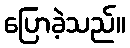
ပြောခဲ့သည်။